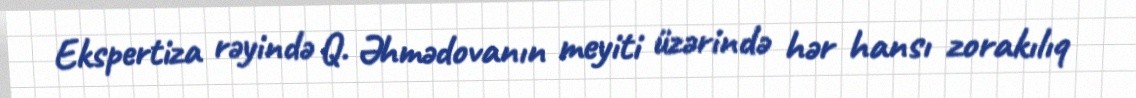
Ekspertiza rəyində Q. Əhmədovanın meyiti üzərində hər hansı zorakılıq